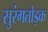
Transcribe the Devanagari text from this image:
सुरंगतोड़क